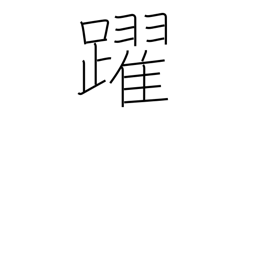
Meaning: skip